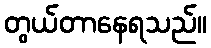
တွယ်တာနေရသည်။